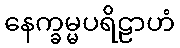
နေက္ခမ္မပရိဠာဟံ